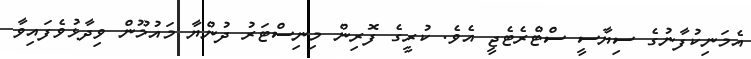
އެމަނިކުފާނުގެ ސިޔާސީ ސްޓްރެޓެޖީ އެވެ. ކުރީގެ ފޮރިން މިނިސްޓަރު ދުންޔާ މައުމޫން ވިދާޅުވެފައިވާ